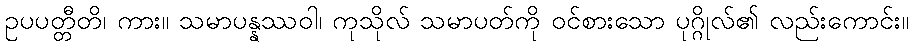
ဥပပတ္တီတိ၊ ကား။ သမာပန္နဿဝါ၊ ကုသိုလ် သမာပတ်ကို ဝင်စားသော ပုဂ္ဂိုလ်၏ လည်းကောင်း။